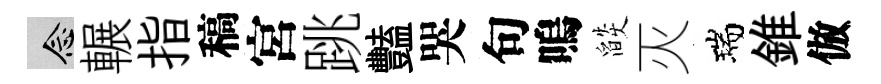
念輾指稿宮跳豔哭句嗚燄灭瑞錐倣